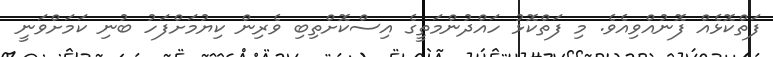
ފަތްކޮޅެއް ފޮނުއްވިއެވެ. މި ފަތްކޮޅު ހައްދުންމަތީގެ އިސްކޮށްތިބި ވެރިން ކިޔުމަށްފަހު ބުނި ކަމަށްވަނީ